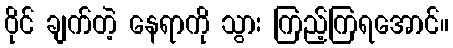
ဝိုင် ချက်တဲ့ နေရာကို သွား ကြည့်ကြရအောင်။